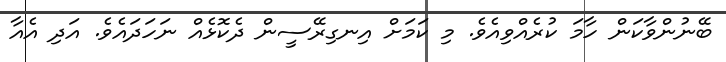
ބޭނުންވާކަން ހާމަ ކުރެއްވިއެވެ. މި ކަމަށް އިނގިރޭސީން ދެކޮޅެއް ނަހަދައެވެ. އަދި އެއާ